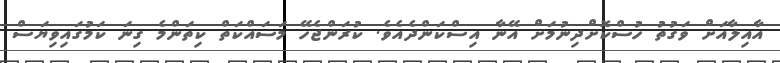
އާއިލާއަށް ވަގުތު ހުސްކޮށްދިނުމަށް އޭނާ އިސްކަންދެއެވެ. ކުރަންޖެހޭ މަސައްކަތް ކިތަންމެ ގިނަ ކަމުގައިވިޔަސް